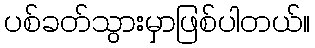
ပစ်ခတ်သွားမှာဖြစ်ပါတယ်။